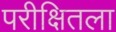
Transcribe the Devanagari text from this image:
परीक्षितला